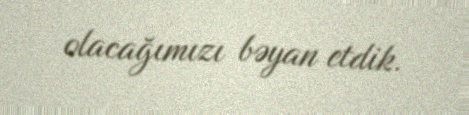
olacağımızı bəyan etdik.